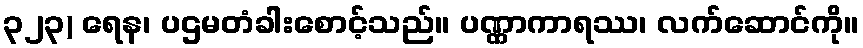
၃၂၃) ရေန၊ ပဌမတံခါးစောင့်သည်။ ပဏ္ဏာကာရဿ၊ လက်ဆောင်ကို။